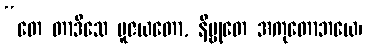
“တေ တာဒိသေ ပူဇယတော, နိဗ္ဗုတေ အကုတောဘယေ၊